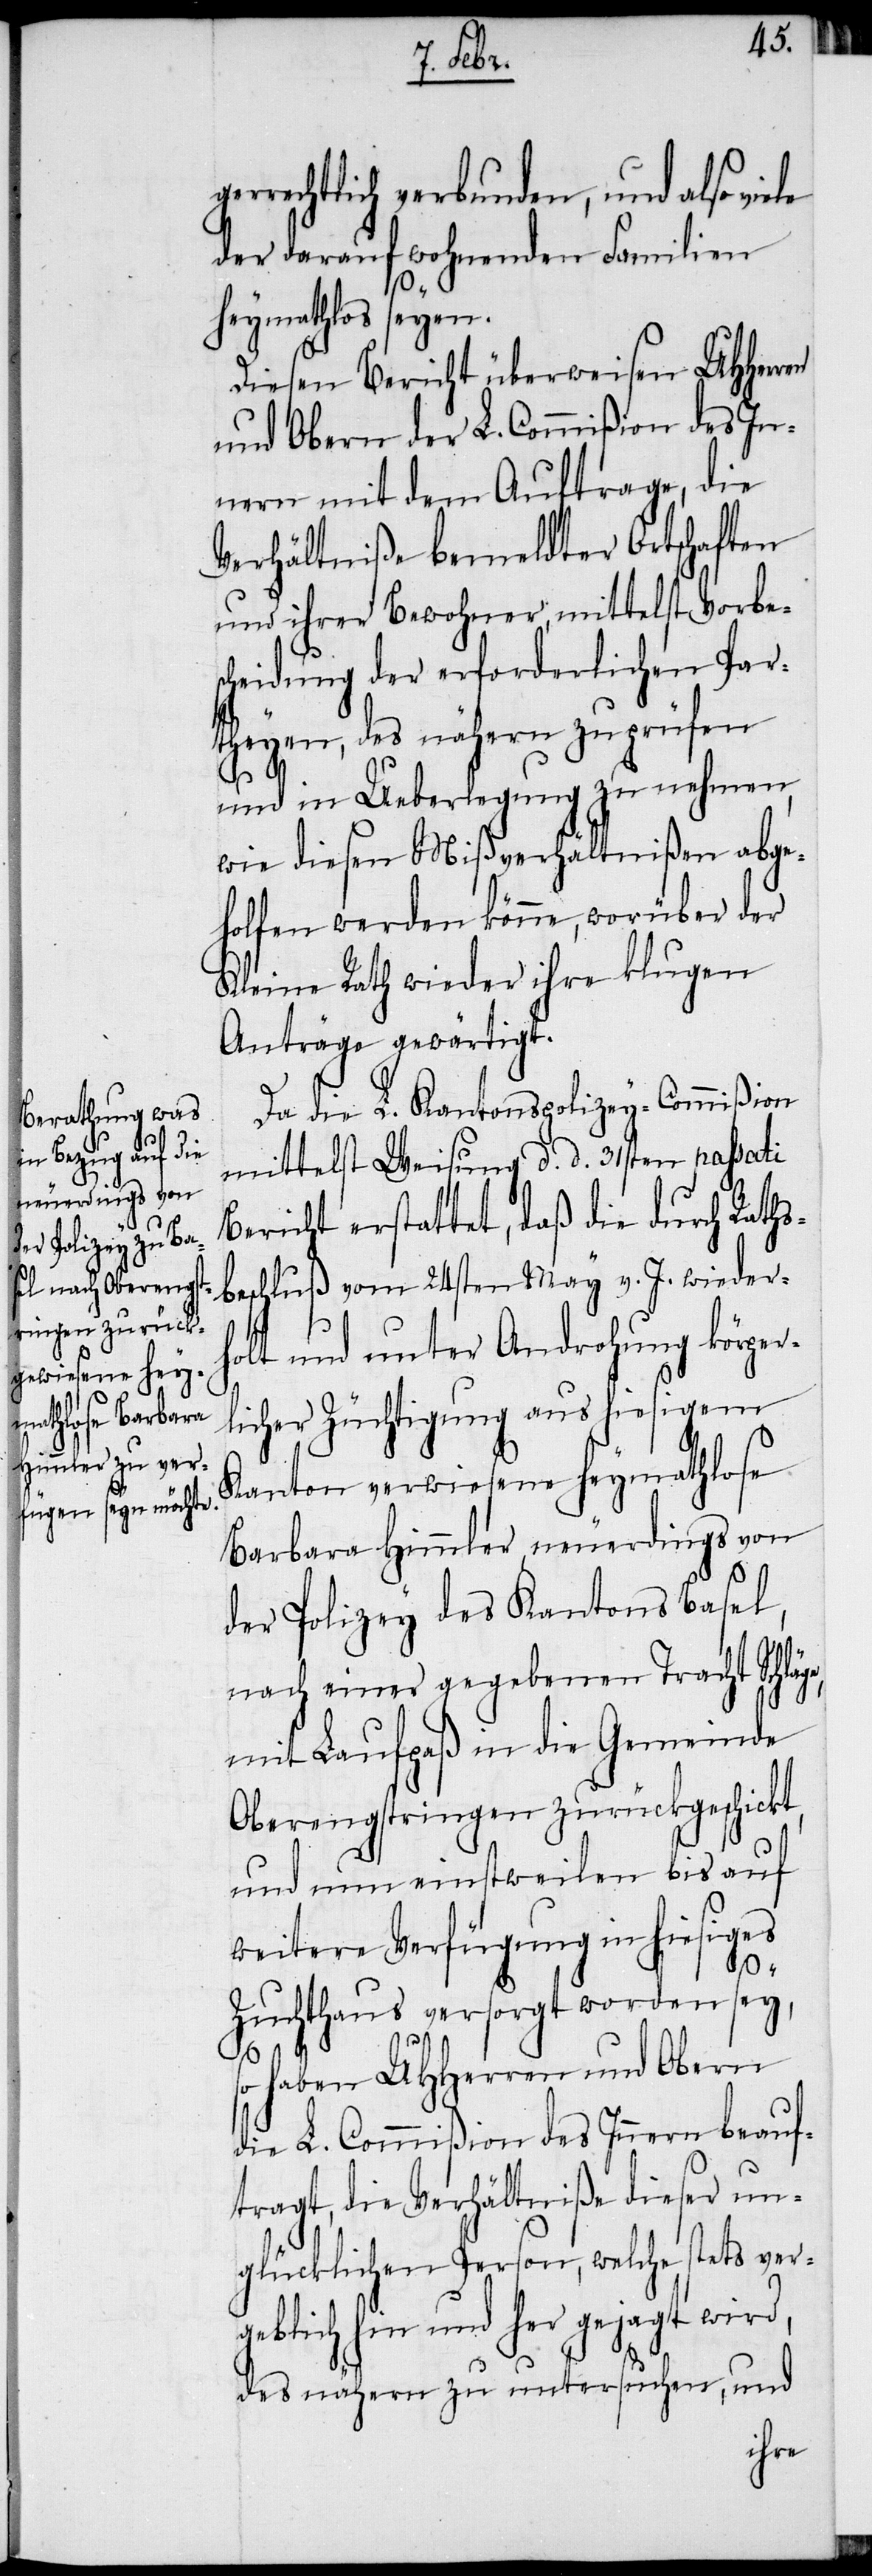
rrechtlich verbunden, und also vie¬
der darauf wohnenden Familien
so
heymathlos seyen.
Diesen Bericht überweisen UHHerren
und Obern der L. Commißion des In¬
nern mit dem Auftrage, die
Verhältniße bemeldter Ortschaften
und ihrer Bewohner, mittelst Vorbe¬
scheidung der erforderlichen Par¬
theyen, des nähern zu prüfen
und in Ueberlegung zu nehmen,
wie diesen Mißverhältnißen abge¬
holfen werden könne, worüber der
Kleine Rath wieder ihre klugen
Anträge gewärtigt.
Da die L. Kantonspolizey-Commißion
mittelst Weisung d. d. 31sten passati
Bericht erstattet, daß die durch Raths¬
beschluß vom 24sten May v. J. wiederh¬
olt und unter Androhung körper¬
licher Züchtigung aus hiesigem
Kanton verwiesene heymathlose
Barbara Himmler neuerdings von
der Polizey des Kantons Basel,
nach einer gegebenen Tracht Schläg¬
mit Laufpaß in die Gemeinde
Oberengstringen zurückgeschickt,
und nun einstweilen bis auf
weitere Verfügung in hiesiges
Zuchthaus versorgt worden sey,
haben UHHerren und Obern
die L. Commißion des Innern beauf¬
tragt, die Verhältniße dieser un¬
glücklichen Person, welche stets ver¬
geblich hin und her gejagt wird,
des nähern zu untersuchen, und